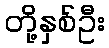
တို့နှစ်ဦး